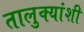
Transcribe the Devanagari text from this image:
तालुक्यांशी